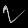
Digit: ၇